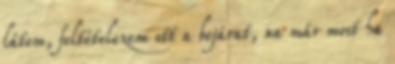
látom, feltételezem ott a bejárat, na már most ha